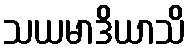
သယမာဒိယာသိ